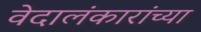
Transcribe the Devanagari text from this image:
वेदालंकारांच्या